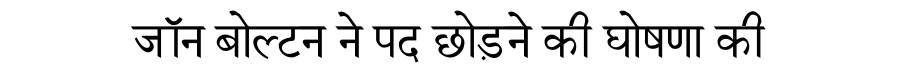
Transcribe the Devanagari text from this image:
जॉन बोल्टन ने पद छोड़ने की घोषणा की